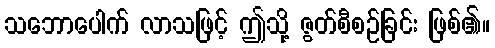
သဘောပေါက် လာသဖြင့် ဤသို့ ဇွတ်စီစဉ်ခြင်း ဖြစ်၏။